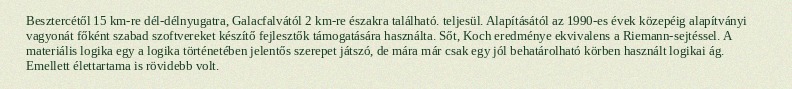
Besztercétől 15 km-re dél-délnyugatra, Galacfalvától 2 km-re északra található. teljesül. Alapításától az 1990-es évek közepéig alapítványi vagyonát főként szabad szoftvereket készítő fejlesztők támogatására használta. Sőt, Koch eredménye ekvivalens a Riemann-sejtéssel. A materiális logika egy a logika történetében jelentős szerepet játszó, de mára már csak egy jól behatárolható körben használt logikai ág. Emellett élettartama is rövidebb volt.